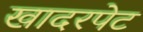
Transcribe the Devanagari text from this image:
खादरपेट